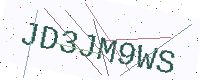
Text: JD3JM9WS